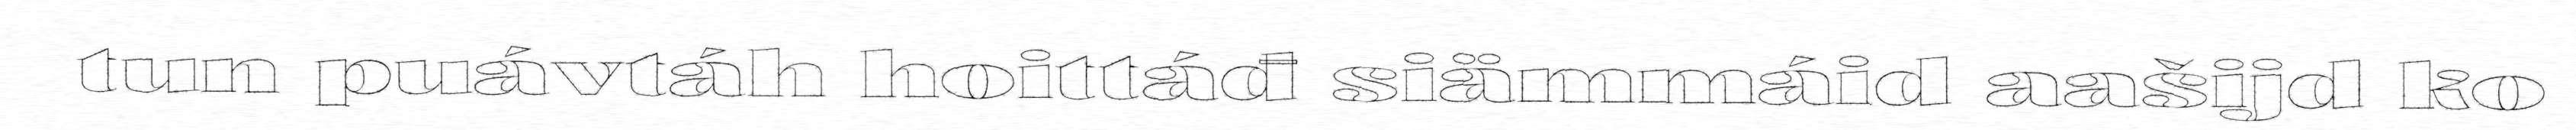
tun puávtáh hoittáđ siämmáid aašijd ko